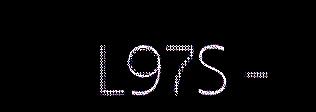
L97S -